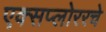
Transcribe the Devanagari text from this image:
एक्सप्लोररचे